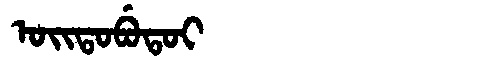
Manchu: ᠣᡳᡨᠣᠪᡠᡨᠣᡳ
Romanization: OITOBUTOI